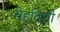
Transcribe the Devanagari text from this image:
तेहतिशी